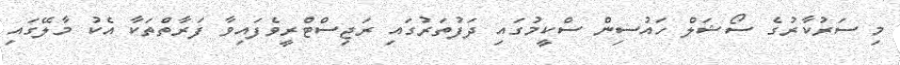
މި ސަރުކާރުގެ ސޯޝަލް ހައުސިން ސްކީމުގައި ދަފުތަރުގައި ރަޖިސްޓްރީވެފައިވާ ފަރާތްތަކާ އެކު މާލޭގައި